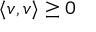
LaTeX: \langle v , v \rangle \geq 0